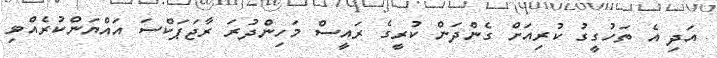
އަދި އެ ތަހުގީގު ކުރިއަށް ގެންދަން ކުރީގެ ރައީސް މަހިންދުރަ ރާޖަޕަކްސަ އައްޔަންކުރެއްވި